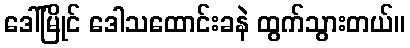
ဒေါ်မြိုင် ဒေါသထောင်းခနဲ ထွက်သွားတယ်။